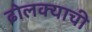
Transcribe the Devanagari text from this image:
ढोलक्याची